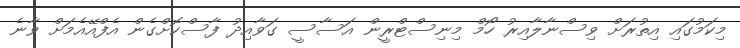
މިކަމުގައި އިތުރަށް ވިސްނާލާއިރު ހޯމް މިނިސްޓްރީން އަސާސީ ގަވާއިދު ފާސްކޮށްގެން އެފްއޭއެމަށް ވާނެ